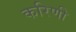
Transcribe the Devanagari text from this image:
करिणी